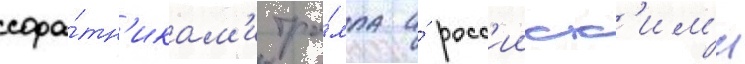
сора́тн'икам'и тра́мпа и́ росс'ииск'им'и